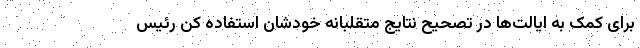
برای کمک به ایالت‌ها در تصحیح نتایج متقلبانه خودشان استفاده کن رئیس